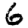
Digit: 6